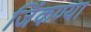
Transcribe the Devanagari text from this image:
जिंकण्या